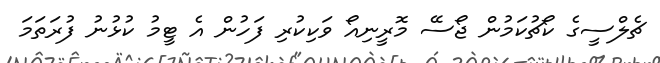
ޗެލްސީގެ ކޯޗުކަމުން ޖޯސޭ މޮރީނިއޯ ވަކިކުރި ފަހުން އެ ޓީމު ކުޅުނު ފުރަަތަމަ